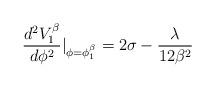
LaTeX: \begin{align*}\frac{d^2V^{\beta}_1}{d\phi^2}|_{\phi=\phi^{\beta}_1}=2\sigma-\frac{\lambda}{12\beta ^2}\end{align*}